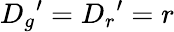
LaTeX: {D_{g}}^{\prime}={D_{r}}^{\prime}=r